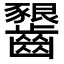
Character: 𪙲